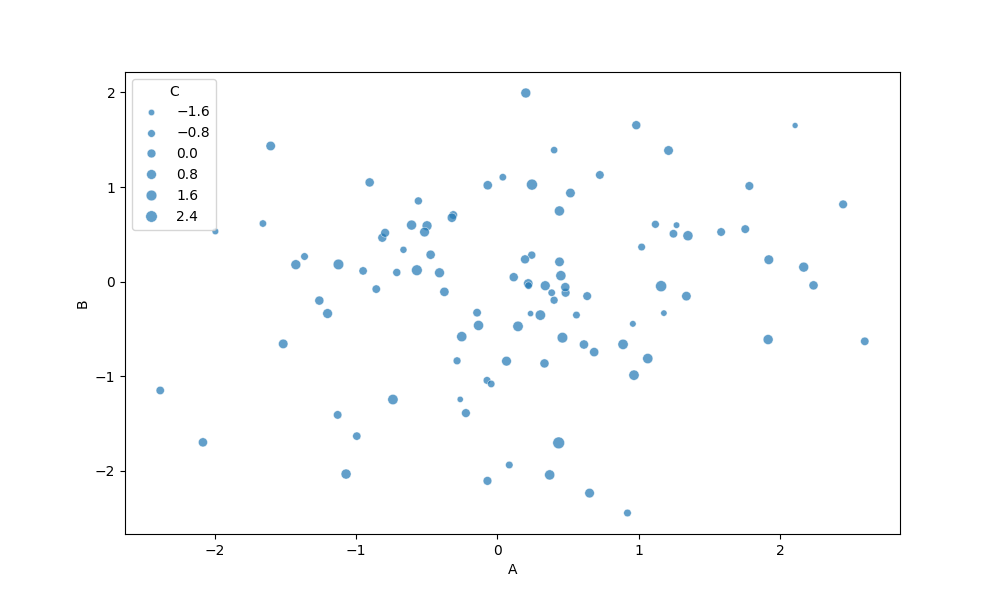
python, seaborn, scatterplot, hue='None', style='None', size='C', palette='muted', alpha=0.7